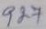
927